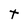
Character: T